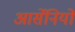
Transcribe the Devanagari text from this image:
आर्सेनियो